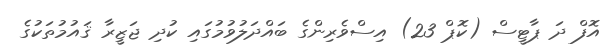
އޮފް ދަ ޕާޓީސް (ކޮޕް 23) އިސްވެރިންގެ ބައްދަލުވުމުގައި ކުދި ޖަޒީރާ ޤައުމުތަކުގެ